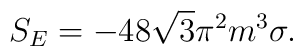
S_{E} = -48 \sqrt{3} {\pi}^{2} m^{3}\sigma .